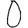
Digit: 0